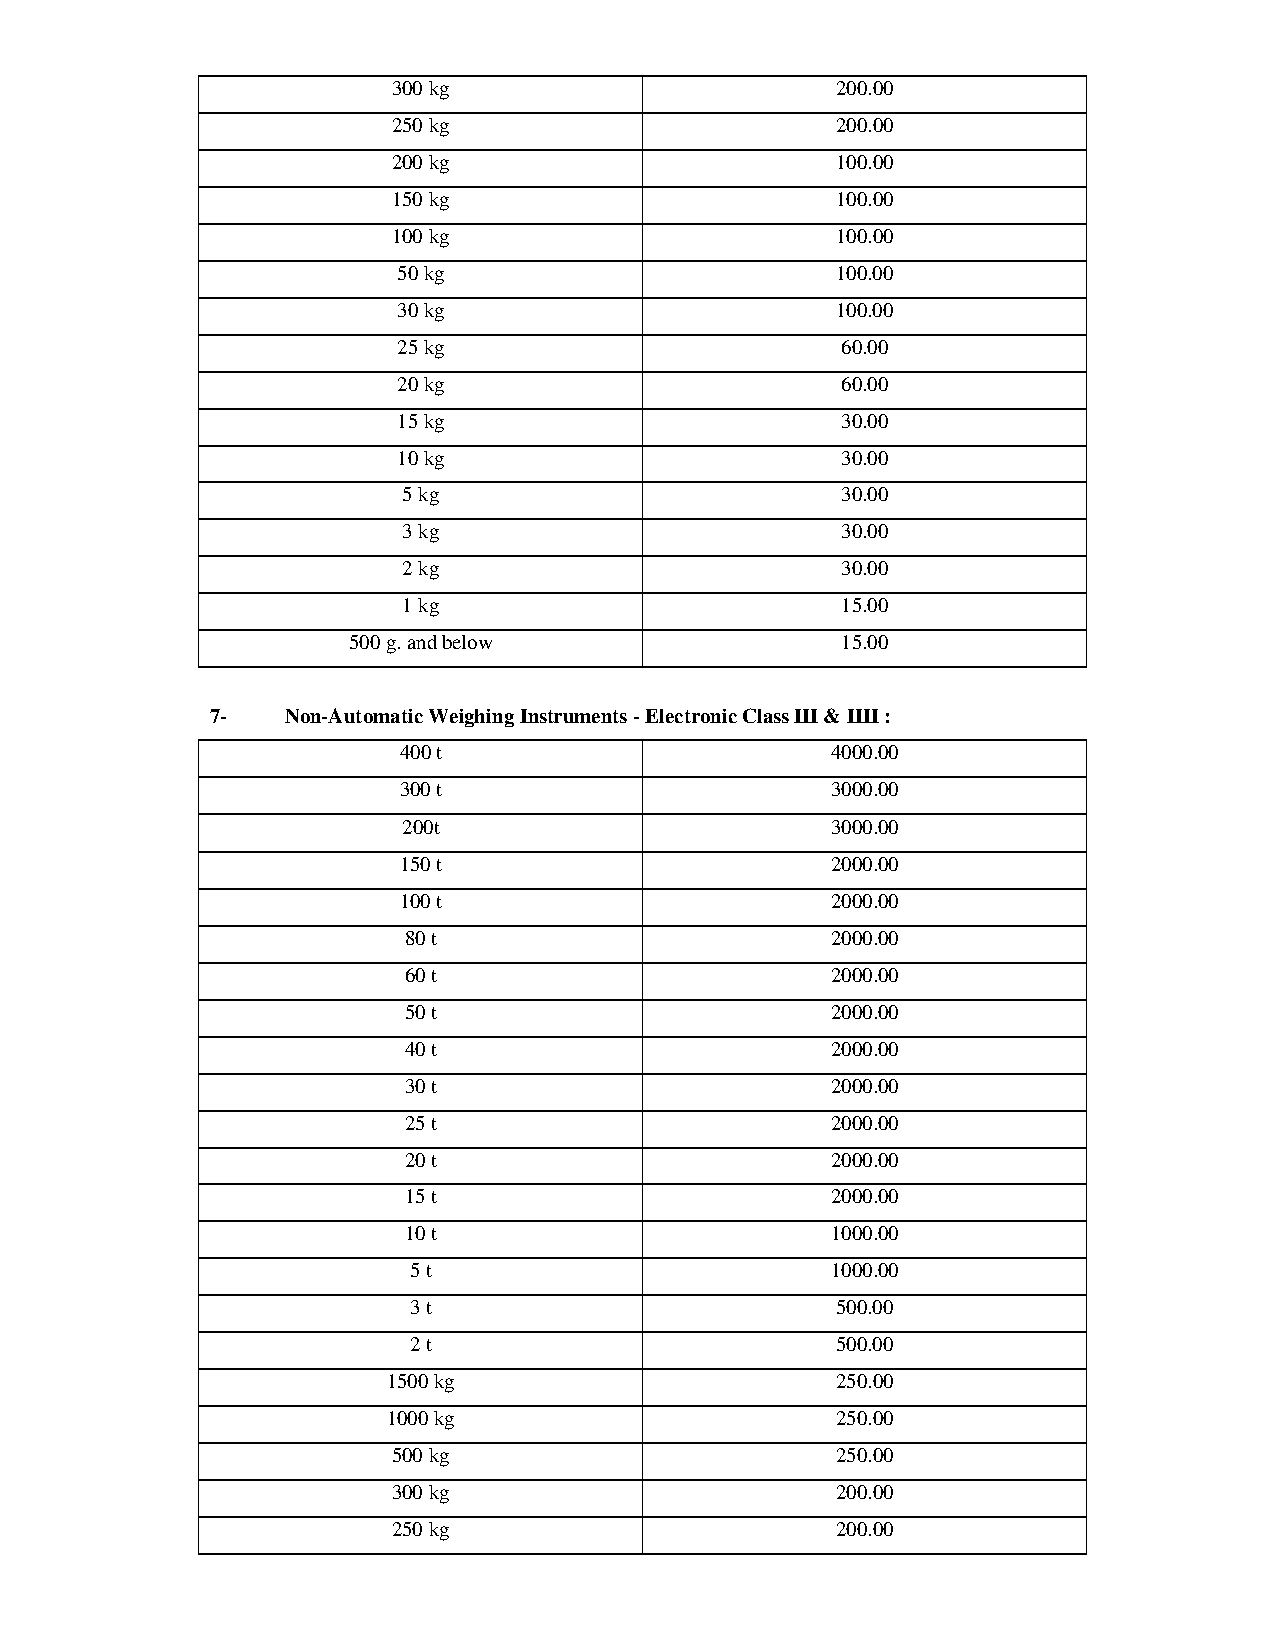
300 kg                       200.00
 250 kg                       200.00
 200 kg                       100.00
 150 kg                       100.00
 100 kg                       100.00
 50 kg                        100.00
 30 kg                        100.00
 25 kg                         60.00
 20 kg                         60.00
 15 kg                         30.00
 10 kg                         30.00
 5 kg                         30.00
 3 kg                         30.00
 2 kg                         30.00
 1 kg                         15.00
 500 g. and below                 15.00
 7-   Non-Automatic Weighing Instruments - Electronic Class III & IIII :
 400 t                        4000.00
 300 t                        3000.00
 200t                        3000.00
 150 t                        2000.00
 100 t                        2000.00
 80 t                        2000.00
 60 t                        2000.00
 50 t                        2000.00
 40 t                        2000.00
 30 t                        2000.00
 25 t                        2000.00
 20 t                        2000.00
 15 t                        2000.00
 10 t                        1000.00
 5 t                         1000.00
 3 t                         500.00
 2 t                         500.00
 1500 kg                      250.00
 1000 kg                      250.00
 500 kg                       250.00
 300 kg                       200.00
 250 kg                       200.00